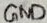
Text: GND